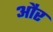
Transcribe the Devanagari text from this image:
औंर